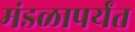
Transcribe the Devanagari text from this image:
मंडळापर्यंत